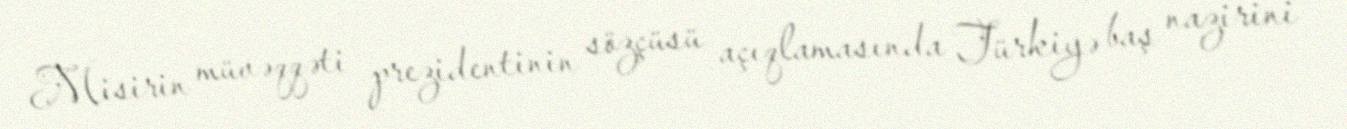
Misirin müvəqqəti prezidentinin sözçüsü açıqlamasında Türkiyə baş nazirini